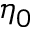
\eta _ { 0 }